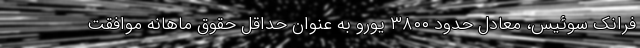
فرانک سوئیس، معادل حدود ۳۸۰۰ یورو به عنوان حداقل حقوق ماهانه موافقت